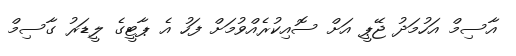
އާސިމް އަހުމަދު ޖޭޕީ އަށް ސޮއިކުރެއްވުމަށް ފަހު އެ ޕާޓީގެ ލީޑަރު ގާސިމް